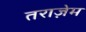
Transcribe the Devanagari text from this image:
तराज़ेम